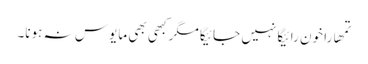
تمھارا خون رائیگا نہیں جائیگا مگر کبھی بھی مایوس نہ ہونا۔